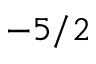
- 5 / 2